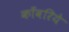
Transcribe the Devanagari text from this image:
काँवरिये